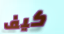
كيف